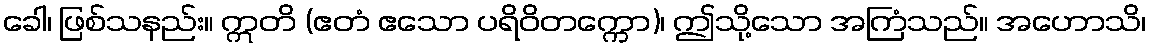
ခေါ၊ ဖြစ်သနည်း။ ဣတိ (ဧတံ ဧသော ပရိဝိတက္ကော)၊ ဤသို့သော အကြံသည်။ အဟောသိ၊